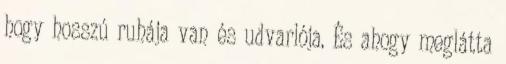
hogy hosszú ruhája van és udvarlója. És ahogy meglátta